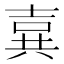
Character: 𪞉